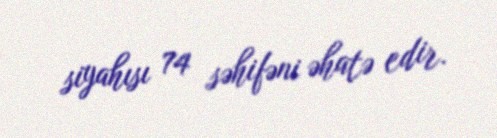
siyahısı 74 səhifəni əhatə edir.